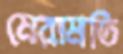
মেরামতি